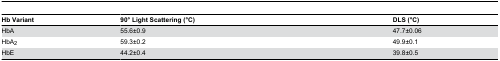
<table><thead><tr><td><b>Hb Variant</b></td><td><b>90° Light Scattering (°C)</b></td><td><b>DLS (°C)</b></td></tr></thead><tbody><tr><td>HbA</td><td>55.6±0.9</td><td>47.7±0.06</td></tr><tr><td>HbA<sub>2</sub></td><td>59.3±0.2</td><td>49.9±0.1</td></tr><tr><td>HbE</td><td>44.2±0.4</td><td>39.8±0.5</td></tr></tbody></table>